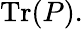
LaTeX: {\mathrm{Tr}}(P).